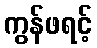
ကွန်ဖရင့်